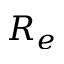
R _ { e }